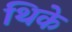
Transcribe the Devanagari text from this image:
थिके